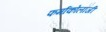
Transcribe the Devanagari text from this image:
फर्माकोलॉजी